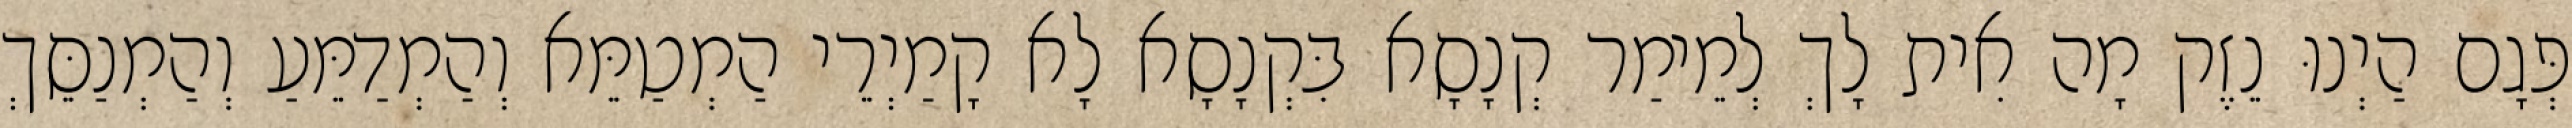
פְּגָם הַיְנוּ נֵזֶק מָה אִית לָךְ לְמֵימַר קְנָסָא בִּקְנָסָא לָא קָמַיְרֵי הַמְטַמֵּא וְהַמְדַמֵּעַ וְהַמְנַסֵּךְ